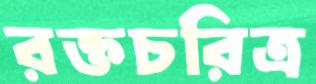
রক্তচরিত্র